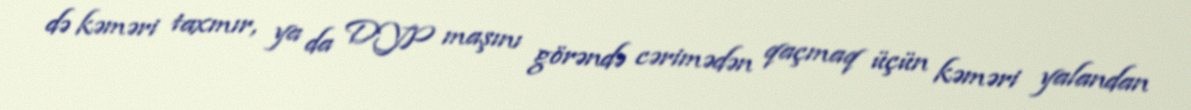
də kəməri taxmır, ya da DYP maşını görəndə cərimədən qaçmaq üçün kəməri yalandan